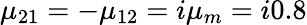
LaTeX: \mu_{21}=-\mu_{12}=i\mu_{m}=i0.8